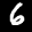
Label: 6